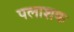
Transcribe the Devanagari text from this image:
पलाशक